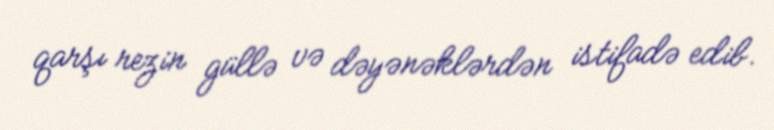
qarşı rezin güllə və dəyənəklərdən istifadə edib.